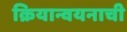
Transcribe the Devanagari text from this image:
क्रियान्वयनाची